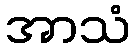
အာသံ